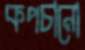
কপচানো